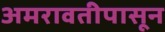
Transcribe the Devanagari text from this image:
अमरावतीपासून